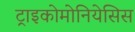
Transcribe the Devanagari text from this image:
ट्राइकोमोनियेसिस